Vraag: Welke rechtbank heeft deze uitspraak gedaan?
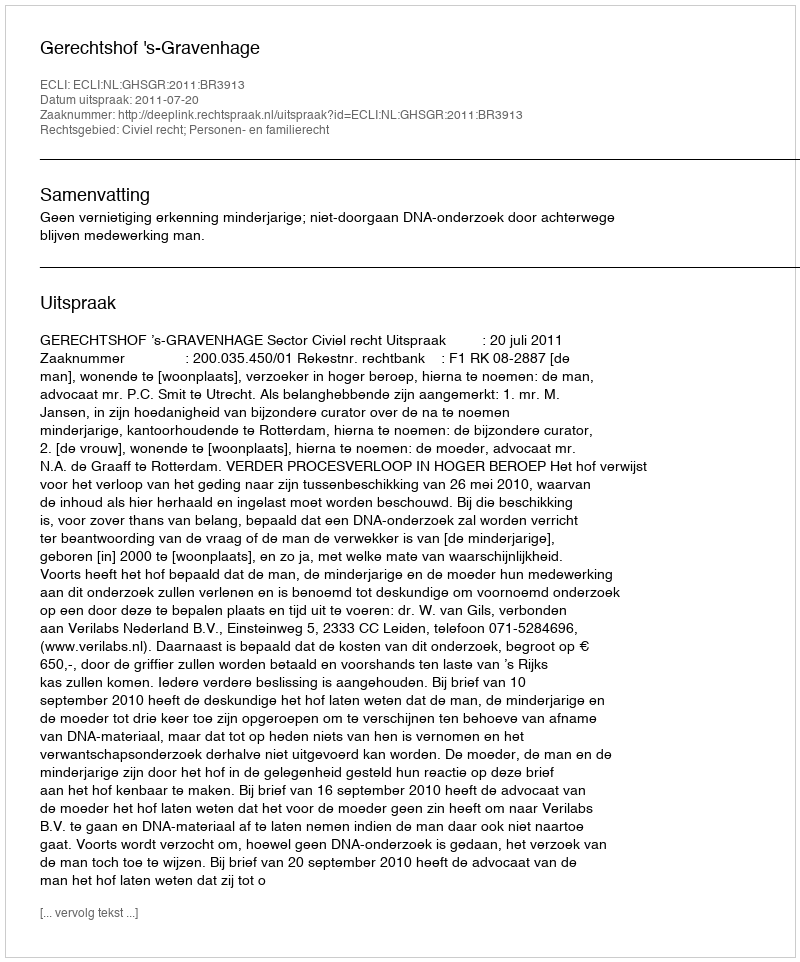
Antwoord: Gerechtshof 's-Gravenhage